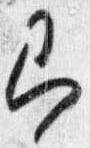
即